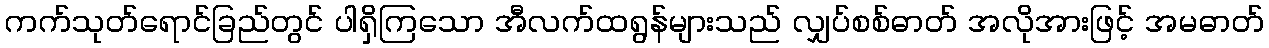
ကက်သုတ်ရောင်ခြည်တွင် ပါရှိကြသော အီလက်ထရွန်များသည် လျှပ်စစ်ဓာတ် အလိုအားဖြင့် အမဓာတ်